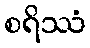
စရိဿံ